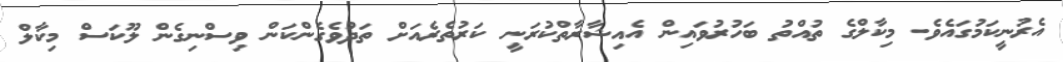
އެރުނީކަމުގައެވެ. މިކާލްގެ ތުއްތު ބަހުރުވައިން އެއިޝާރާތްކުރަނީ ކަރުތެރެއަށް ތަދުވެގެންކަން ވިސްނިގެން ލޫކަސް މިކާލް